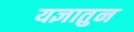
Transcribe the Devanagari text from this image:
यज्ञातुन